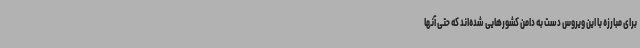
برای مبارزه با این ویروس دست به دامن کشورهایی شده‌اند که حتی آنها